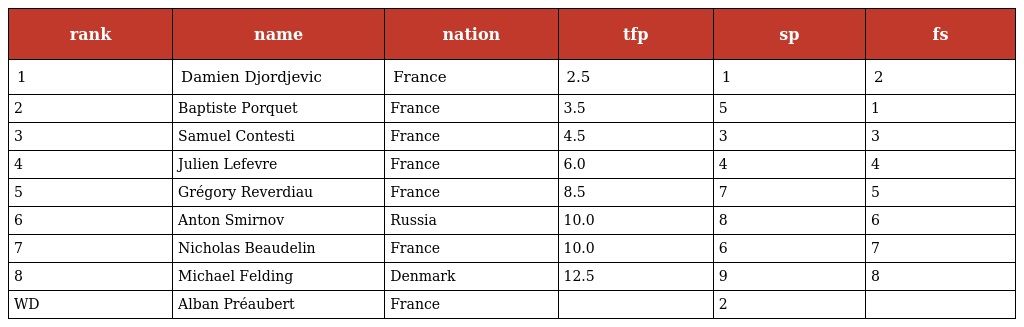
| rank | name | nation | tfp | sp | fs |
 | --- | --- | --- | --- | --- | --- |
 | 1 | Damien Djordjevic | France | 2.5 | 1 | 2 |
 | 2 | Baptiste Porquet | France | 3.5 | 5 | 1 |
 | 3 | Samuel Contesti | France | 4.5 | 3 | 3 |
 | 4 | Julien Lefevre | France | 6.0 | 4 | 4 |
 | 5 | Grégory Reverdiau | France | 8.5 | 7 | 5 |
 | 6 | Anton Smirnov | Russia | 10.0 | 8 | 6 |
 | 7 | Nicholas Beaudelin | France | 10.0 | 6 | 7 |
 | 8 | Michael Felding | Denmark | 12.5 | 9 | 8 |
 | WD | Alban Préaubert | France |  | 2 |  |